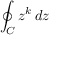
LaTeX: \oint _ { C } z ^ { k } \, d z